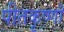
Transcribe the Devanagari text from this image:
पीतकृष्णौ